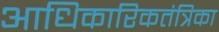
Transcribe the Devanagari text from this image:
आधिकारिकतंत्रिका